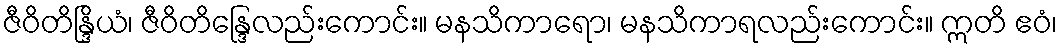
ဇီဝိတိန္ဒြိယံ၊ ဇီဝိတိန္ဒြေလည်းကောင်း။ မနသိကာရော၊ မနသိကာရလည်းကောင်း။ ဣတိ ဧဝံ၊